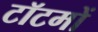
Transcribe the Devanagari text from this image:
टॉटमों